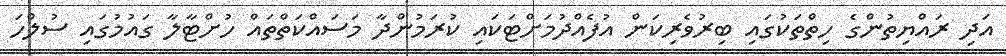
އަދި ރައްޔިތުންގެ ހިތްތަކުގައި ބިރުވެރިކަން އުފެއްދުމަށްޓަކައި ކުރަމުންދާ މަސައްކަތްތައް ހުށްޓާލާ ގައުމުގައި ސުލްހަ